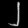
Digit: ၂